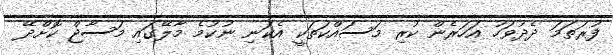
ފުރަތަމަ ދެދުވަހު އަހަރެން ކުރި މަސައްކަތަކީ އެކަނި ނުކުމެ މާލޭގައި މަސާޖް ކޮށްދޭ